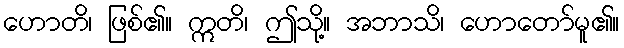
ဟောတိ၊ ဖြစ်၏။ ဣတိ၊ ဤသို့။ အဘာသိ၊ ဟောတော်မူ၏။